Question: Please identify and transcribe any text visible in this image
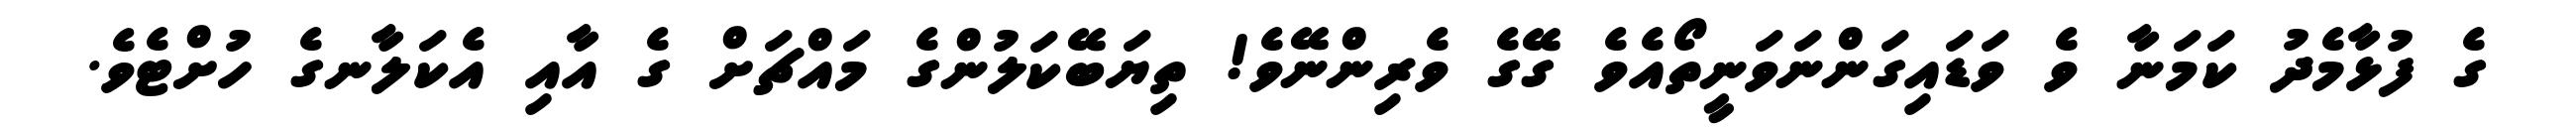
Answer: ގެ ފުޅާމެދު ކަމަނާ ވެ ވަޑައިގަންނަވަނީތޯއެވެ ގޭގެ ވެރިންނޭވެ! ތިޔަބޭކަލުންގެ މައްޗަށް ގެ އާއި އެކަލާނގެ ހުށްޓެވެ.